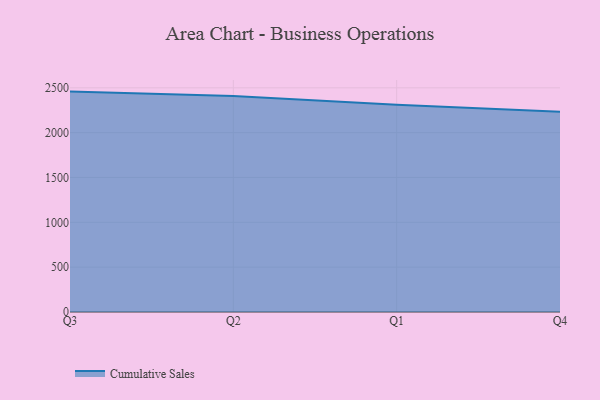
{"axis": {"x": "Quarter", "y": "Operating Costs (USD K)"}, "legend": ["Cumulative Sales"], "data": [{"x": "Q3", "y": 2457.7, "type": "Cumulative Sales"}, {"x": "Q2", "y": 2408.1, "type": "Cumulative Sales"}, {"x": "Q1", "y": 2312.4, "type": "Cumulative Sales"}, {"x": "Q4", "y": 2234.3, "type": "Cumulative Sales"}]}